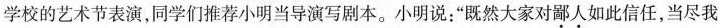
学校的艺术节表演，同学们推荐小明当导演写剧本。小明说：”既然大家对鄙人如此信任，当尽我